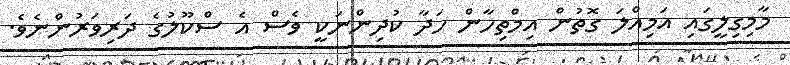
މާމިގިލީގައި އަމިއްލަ ގޮތުން އިމްތިހާން ހަދާ ކުދިންނަކީ ވެސް އެ ސްކޫލުގެ ދަރިވަރުންނެވެ.